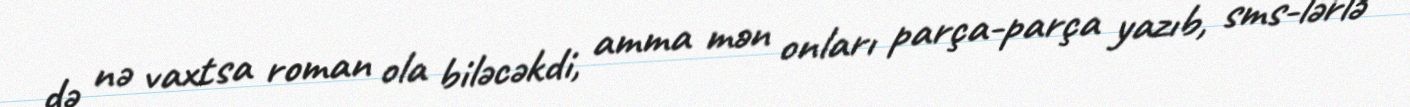
də nə vaxtsa roman ola biləcəkdi, amma mən onları parça-parça yazıb, sms-lərlə